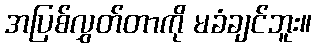
အပြစ်လွှတ်တာကို မခံချင်ဘူး။